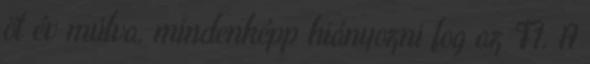
öt év múlva, mindenképp hiányozni fog az F1. A